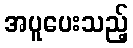
အပူပေးသည့်